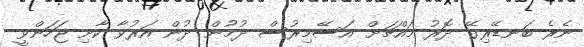
ނެރެ ބަނޑޭރިގޭ ދޮރު މައްޗަށް އަސޭމިރުސް ދުމުން ދުން އަރުވާ ކާށި ޖަހަންވީ